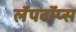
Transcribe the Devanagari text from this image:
लॅपटॉप्स